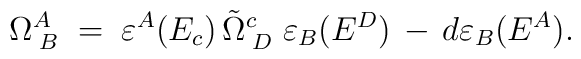
\Omega_{\;B}^A\;=\;\varepsilon^A (E_c)\,\tilde\Omega_{\;D}^c\;\varepsilon_B (E^D)\,-\,d\varepsilon_B (E^A) .